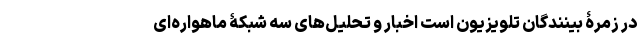
در زمرۀ بینندگان تلویزیون است اخبار و تحلیل‌های سه شبکۀ ماهواره‌ای